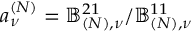
a _ { \nu } ^ { ( N ) } = \mathbb { B } _ { ( N ) , \nu } ^ { 2 1 } / \mathbb { B } _ { ( N ) , \nu } ^ { 1 1 }